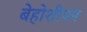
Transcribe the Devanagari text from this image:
बेहोशीपन